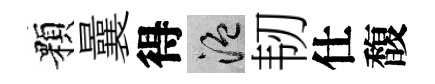
顆曩得温韧仕馥